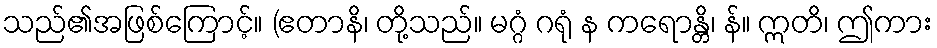
သည်၏အဖြစ်ကြောင့်။ (ဧတာနိ၊ တို့သည်။ မဂ္ဂံ ဂရုံ န ကရောန္တိ၊ န်။ ဣတိ၊ ဤကား